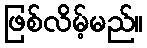
ဖြစ်လိမ့်မည်။